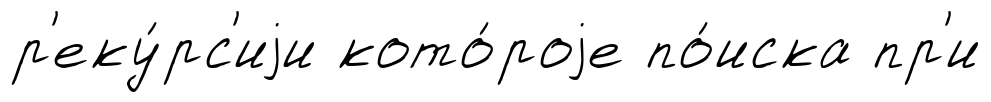
р'еку́рс'иjи кото́роjе по́иска пр'и